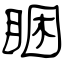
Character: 睏